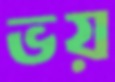
ভয়